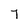
Character: 7